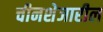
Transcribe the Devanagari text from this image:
चीनशेजारील